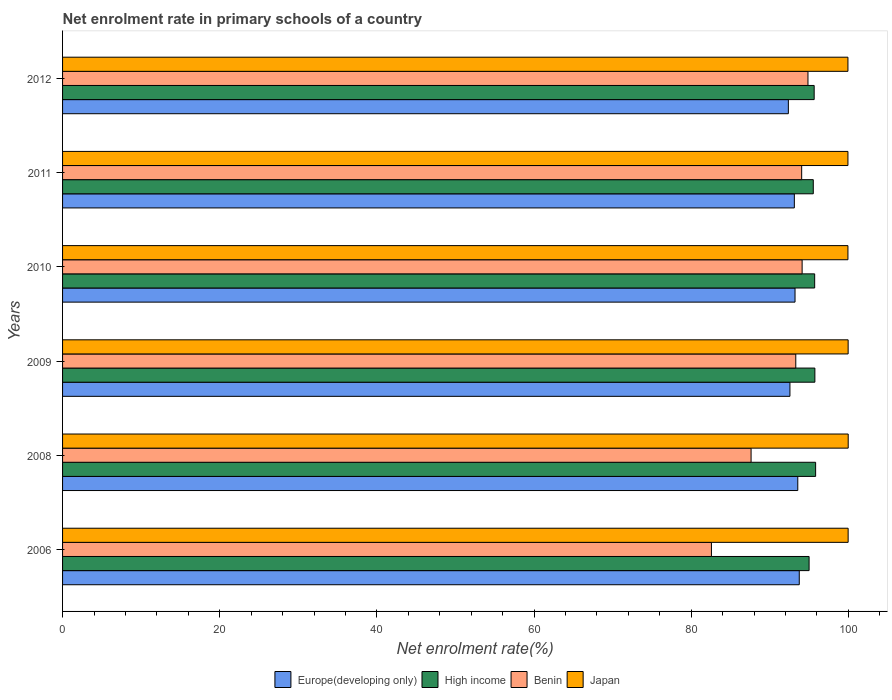
| Years | Europe(developing only) | High income | Benin | Japan |
 | --- | --- | --- | --- | --- |
 | 2006 | 93.8 | 95 | 82.6 | 100 |
 | 2008 | 93.6 | 95.8 | 87.6 | 100 |
 | 2009 | 92.6 | 95.7 | 93.3 | 100 |
 | 2010 | 93.2 | 95.7 | 94.1 | 99.9 |
 | 2011 | 93.1 | 95.5 | 94.1 | 99.9 |
 | 2012 | 92.4 | 95.7 | 94.9 | 99.9 |